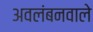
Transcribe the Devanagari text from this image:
अवलंबनवाले